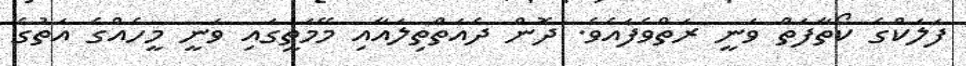
ފަލަކްގެ ކޯތާފަތް ވަނީ ރަތްވެފައެވެ. ދޮން ދެއަތްތިލައާއި މޭމަތީގައި ވަނީ މީހެއްގެ އަތުގެ